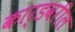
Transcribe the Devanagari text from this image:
कार्डवरील